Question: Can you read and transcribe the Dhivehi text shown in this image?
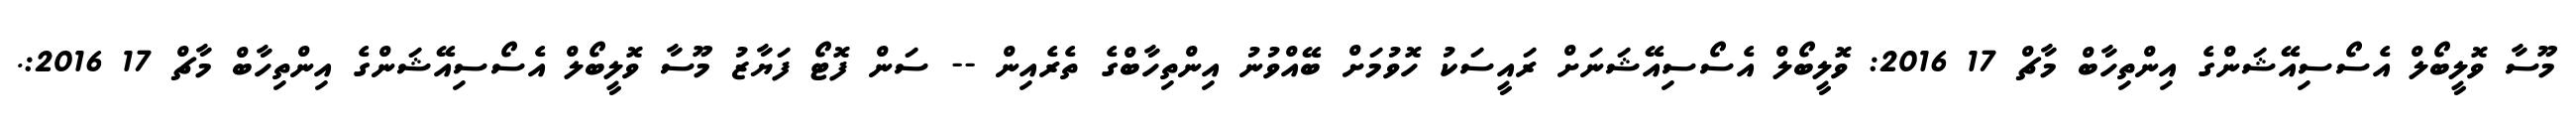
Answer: މޫސާ ވޮލީބޯލް އެސޯސިއޭޝަންގެ އިންތިހާބް މާޗް 17 2016: ވޮލީބޯލް އެސޯސިއޭޝަނަށް ރައީސަކު ހޮވުމަށް ބޭއްވުނު އިންތިހާބްގެ ތެރެއިން -- ސަން ފޮޓޯ ފަޔާޒު މޫސާ ވޮލީބޯލް އެސޯސިއޭޝަންގެ އިންތިހާބް މާޗް 17 2016:.